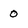
Character: 0